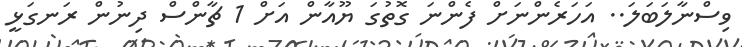
ވިސްނާލަބަލަ.. އަހަރެންނަށް ފެންނަ ގޮތުގަ ޔޫއާން އަށް 1 ޗާންސް ދިނުން ރަނގަޅީ